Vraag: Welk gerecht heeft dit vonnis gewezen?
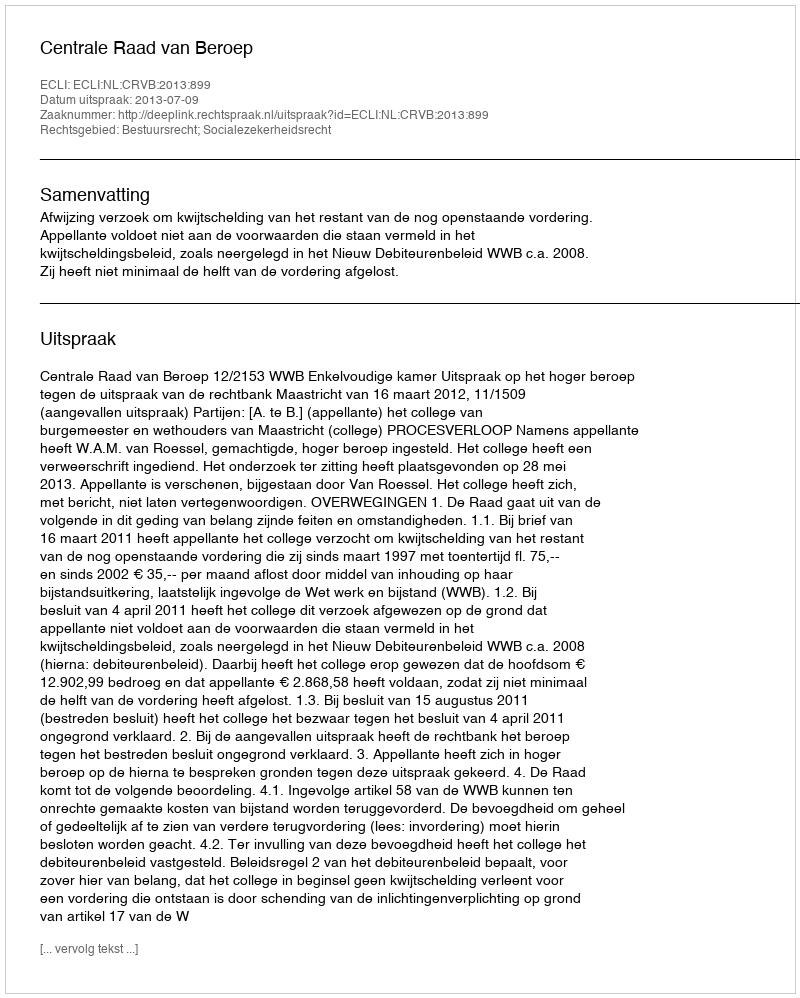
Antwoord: Centrale Raad van Beroep